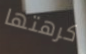
كرهتها